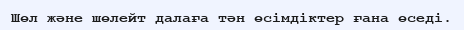
Шөл және шөлейт далаға тән өсімдіктер ғана өседі.